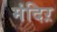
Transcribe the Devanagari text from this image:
मंदिऱ